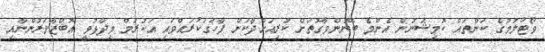
ވޯޓުލުމުގެ ކަންތައް ކޮމިޝަނުން އެންމެ ބޭނުންވާގޮތަށް ކުރިއަށްދާކަން ފާހަގަކުރައްވައި އަކުރަމް ވިދާޅުވީ އޮބްޒާވަރުންނާއި